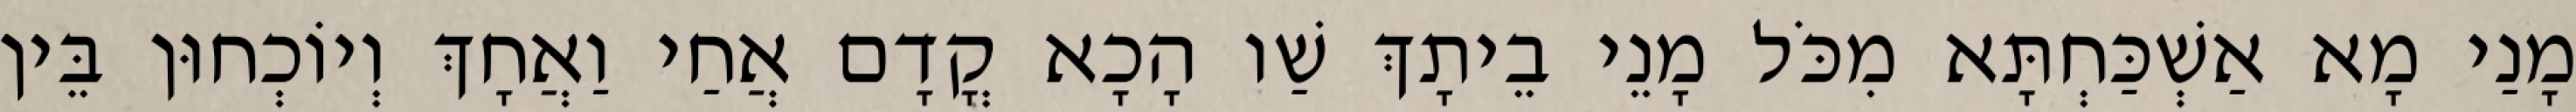
מָנַי מָא אַשְׁכַּחְתָּא מִכֹּל מָנֵי בֵיתָךְ שַׁו הָכָא קֳדָם אֲחַי וַאֲחָךְ וְיוֹכְחוּן בֵּין